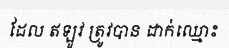
ដែល ឥឡូវ ត្រូវបាន ដាក់ឈ្មោះ